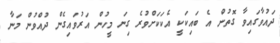
ދައުވާގައިވާ ގޮތުން އެ ބައިކަކީ އެކަކަށްވުރެ ގިނަ މީހުން އަރުވައިގެން ދުއްވުން މަނާ